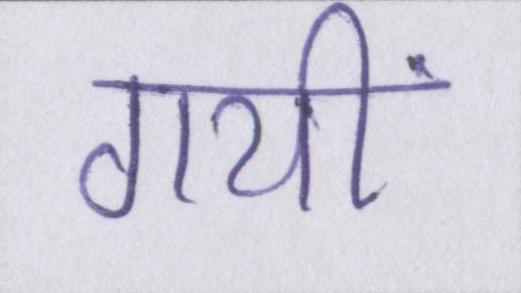
गयीं